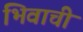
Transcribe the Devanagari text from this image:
भिवाची